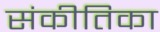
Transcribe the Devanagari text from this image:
संकीतिका